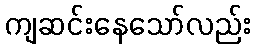
ကျဆင်းနေသော်လည်း